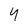
Character: 4